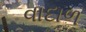
વાદાળ